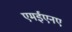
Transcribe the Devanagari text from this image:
एमईएनए